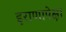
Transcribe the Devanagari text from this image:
इराणापेक्षा